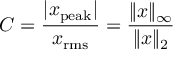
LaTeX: C = { \frac { | x _ { \mathrm { p e a k } } | } { x _ { \mathrm { r m s } } } } = { \frac { \| x \| _ { \infty } } { \| x \| _ { 2 } } }